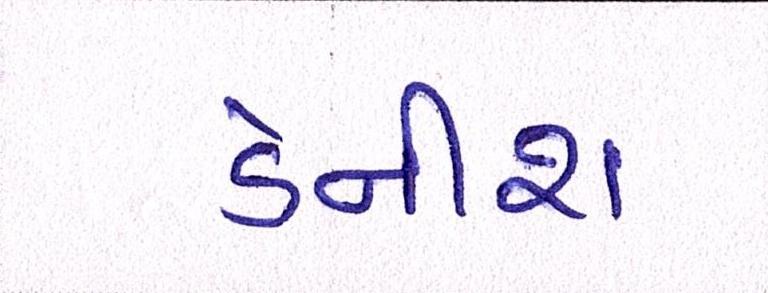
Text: ડેનીશ